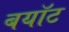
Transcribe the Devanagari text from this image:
बयॉट